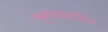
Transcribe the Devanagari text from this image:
मूनलाइटनिंग